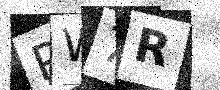
Text: PW7R